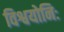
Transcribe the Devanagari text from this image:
विश्वयोनिः